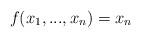
LaTeX: \begin{align*}f(x_1,...,x_n)=x_n\end{align*}